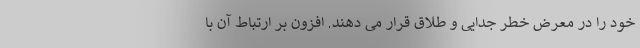
خود را در معرض خطر جدایی و طلاق قرار می دهند. افزون بر ارتباط آن با